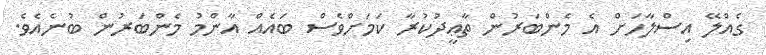
ގެއްލޭ އިސްލާހަށް އެ މެންބަރުން ތާޢީދުކުރާ ކަމަށްވެސް ބައެއް އާންމު މެންބަރުން ބުނެއެވެ.